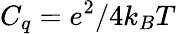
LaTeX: C_{q}=e^{2}/4k_{B}T